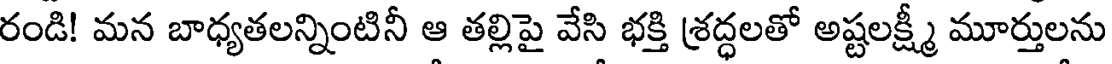
రండి! మన బాధ్యతలన్నింటినీ ఆ తల్లిపై వేసి భక్తి శ్రద్ధలతో అష్టలక్ష్మీ మూర్తులను